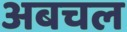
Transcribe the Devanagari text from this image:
अबचल